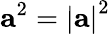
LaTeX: {\mathbf{a}}^{2}={\left|\mathbf{a}\right|}^{2}